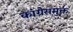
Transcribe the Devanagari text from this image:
कांग्रेसमुक्त